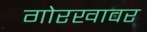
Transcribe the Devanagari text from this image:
गोरखावर